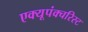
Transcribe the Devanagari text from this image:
एक्यूपंक्चरिस्ट